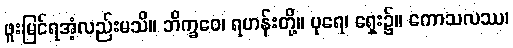
ဖူးမြင်ရအံ့လည်းမသိ။ ဘိက္ခဝေ၊ ရဟန်းတို့။ ပုရေ၊ ရှေး၌။ ကောသလဿ၊